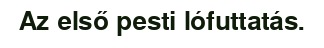
Az első pesti lófuttatás.